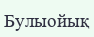
Булыойық